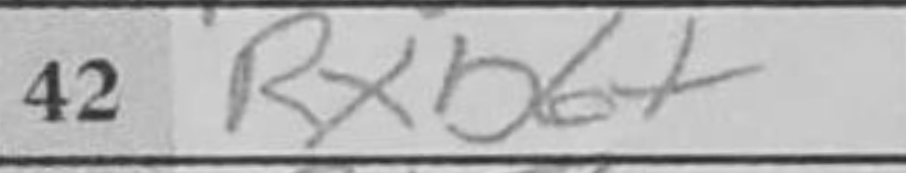
Transcription: Rxb6+